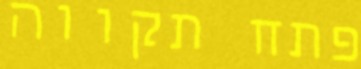
פתח תקווה